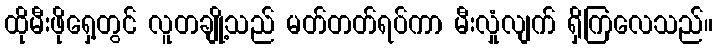
ထိုမီးဖိုရှေ့တွင် လူတချို့သည် မတ်တတ်ရပ်ကာ မီးလှုံလျက် ရှိကြလေသည်။